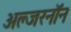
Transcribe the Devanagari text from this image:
अल्जरनॉन